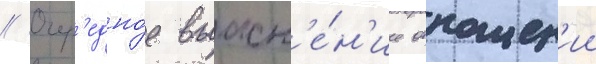
// Очер'едно́е выасн'е́н'ие отношен'ии